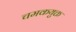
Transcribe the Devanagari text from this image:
चमकयुक्त